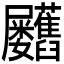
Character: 𦧃